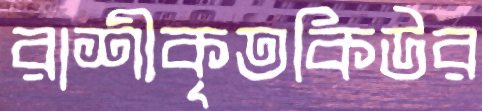
রাশীকৃতকিউর